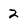
Character: 2